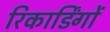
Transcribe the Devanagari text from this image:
रिकार्डिंगों